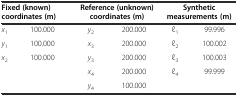
<table><thead><tr><td colspan="2"><b>Fixed (known) coordinates (m)</b></td><td colspan="2"><b>Reference (unknown) coordinates (m)</b></td><td colspan="2"><b>Synthetic measurements (m)</b></td></tr></thead><tbody><tr><td><i>x</i><sub>1</sub></td><td>100.000</td><td><i>y</i><sub>2</sub></td><td>200.000</td><td>l<sub>1</sub></td><td>99.996</td></tr><tr><td><i>y</i><sub>1</sub></td><td>100.000</td><td><i>x</i><sub>3</sub></td><td>200.000</td><td>l<sub>2</sub></td><td>100.002</td></tr><tr><td><i>x</i><sub>2</sub></td><td>100.000</td><td><i>y</i><sub>3</sub></td><td>200.000</td><td>l<sub>3</sub></td><td>100.003</td></tr><tr><td></td><td></td><td><i>x</i><sub>4</sub></td><td>200.000</td><td>l<sub>4</sub></td><td>99.999</td></tr><tr><td></td><td></td><td><i>y</i><sub>4</sub></td><td>100.000</td><td></td><td></td></tr></tbody></table>